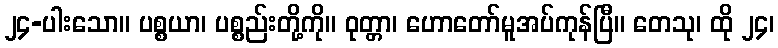
၂၄-ပါးသော။ ပစ္စယာ၊ ပစ္စည်းတို့ကို။ ဝုတ္တာ၊ ဟောတော်မူအပ်ကုန်ပြီ။ တေသု၊ ထို ၂၄၊